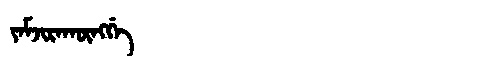
Manchu: ᠶᠠᠮᠵᡳᡵᠠᡴᡡᠩᡤᡝ
Romanization: YAMJIRAKŪNGGE